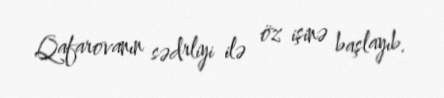
Qafarovanın sədrliyi ilə öz işinə başlayıb.